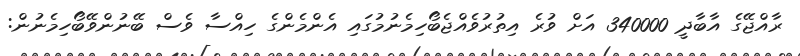
ރާއްޖޭގެ އާބާދީ 340000 އަށް ވުރެ އިތުރުވެއްޖެބޯހިމެނުމުގައި އެންމެންގެ ހިއްސާ ވެސް ބޭނުންވޭބޯހިމެނުން: